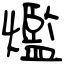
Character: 爁